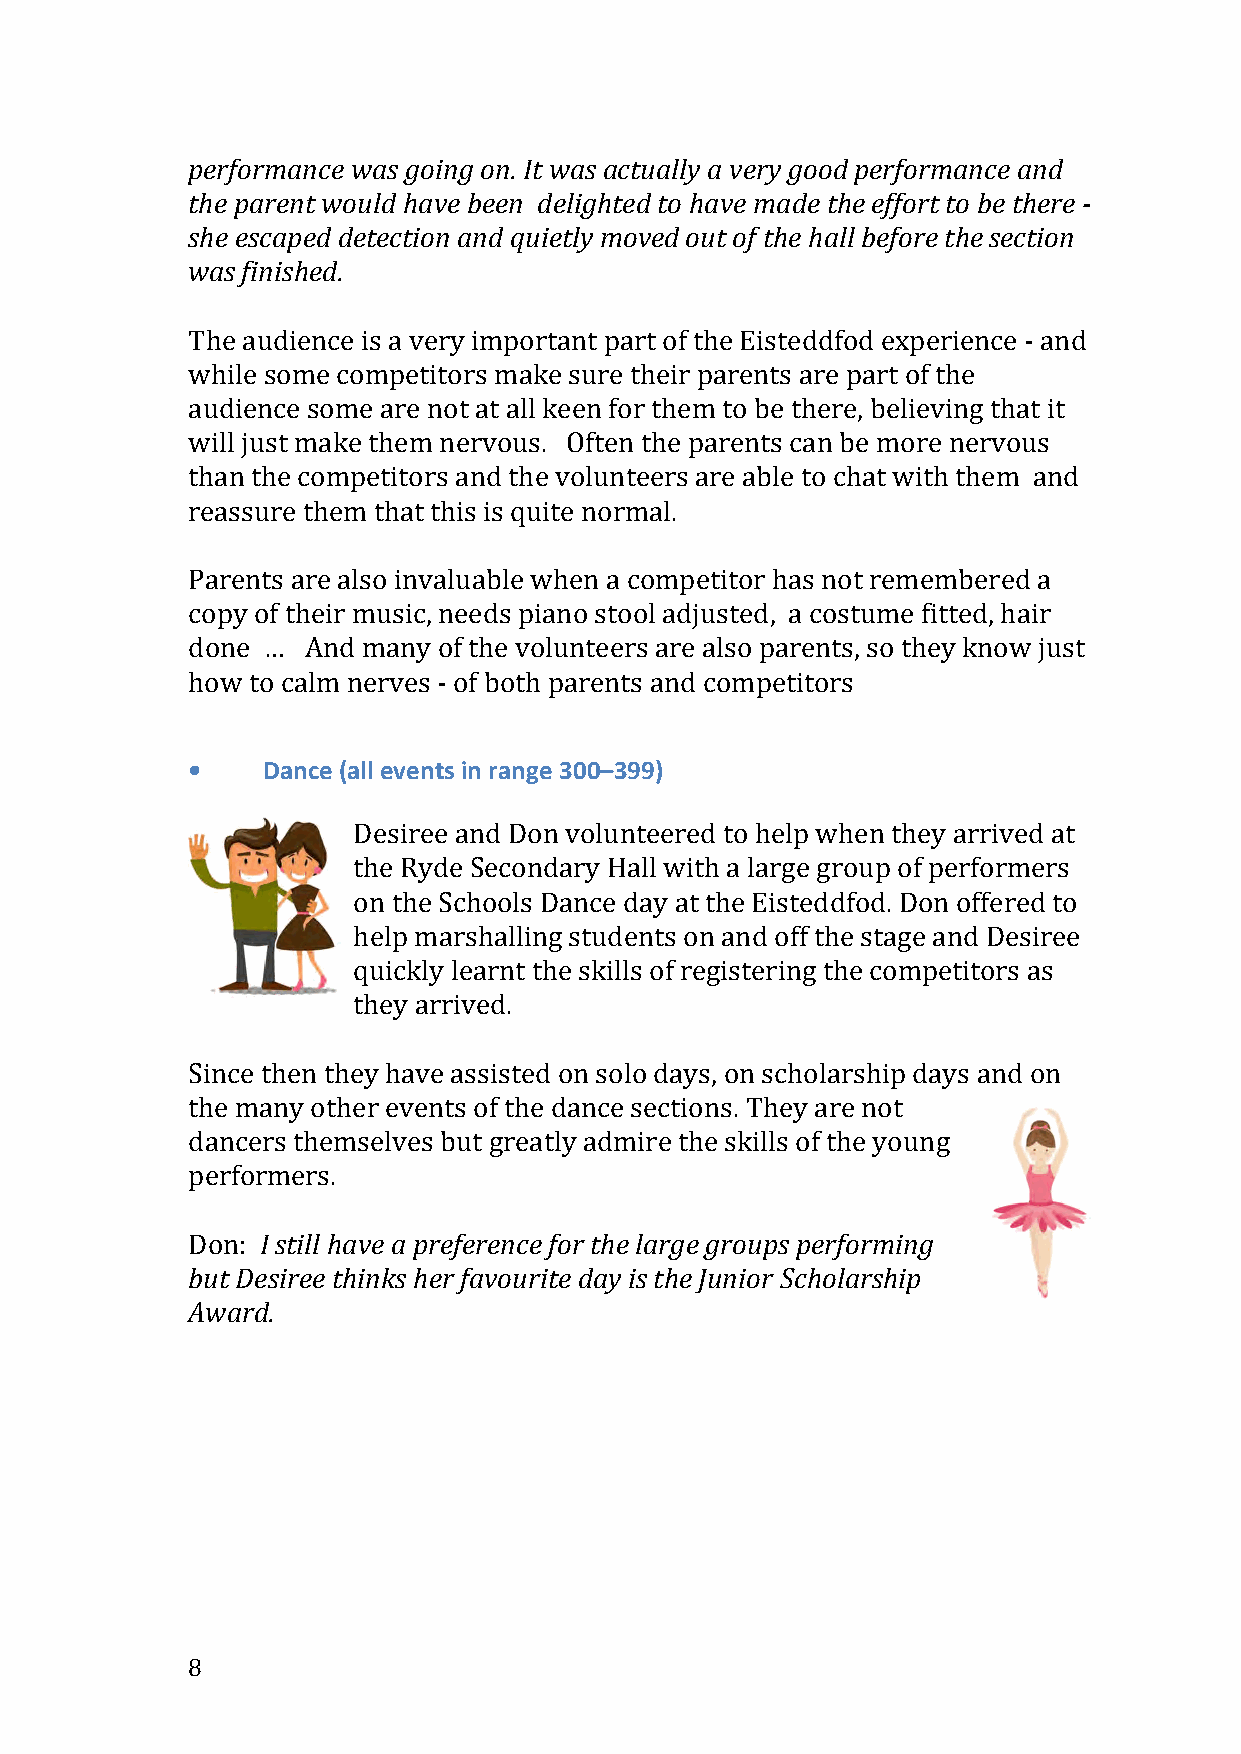
performance was going on. It was actually a very good performance and
 the parent would have been delighted to have made the effort to be there -
 she escaped detection and quietly moved out of the hall before the section
 was finished.
 The audience is a very important part of the Eisteddfod experience - and
 while some competitors make sure their parents are part of the
 audience some are not at all keen for them to be there, believing that it
 will just make them nervous. Often the parents can be more nervous
 than the competitors and the volunteers are able to chat with them and
 reassure them that this is quite normal.
 Parents are also invaluable when a competitor has not remembered a
 copy of their music, needs piano stool adjusted, a costume fitted, hair
 done …  And many of the volunteers are also parents, so they know just
 how to calm nerves - of both parents and competitors
 •    Dance (all events in range 300–399)
 Desiree and Don volunteered to help when they arrived at
 the Ryde Secondary Hall with a large group of performers
 on the Schools Dance day at the Eisteddfod. Don offered to
 help marshalling students on and off the stage and Desiree
 quickly learnt the skills of registering the competitors as
 they arrived.
 Since then they have assisted on solo days, on scholarship days and on
 the many other events of the dance sections. They are not
 dancers themselves but greatly admire the skills of the young
 performers.
 Don: I still have a preference for the large groups performing
 but Desiree thinks her favourite day is the Junior Scholarship
 Award.
 8